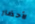
لأحضار